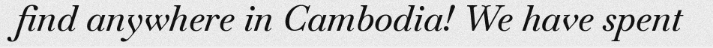
find anywhere in Cambodia! We have spent